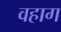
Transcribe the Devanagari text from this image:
वहाग